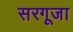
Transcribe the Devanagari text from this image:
सरगूजा